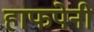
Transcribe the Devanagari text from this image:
हाफपेनी